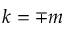
k = \mp m